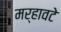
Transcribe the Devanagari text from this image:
मर्हावटे